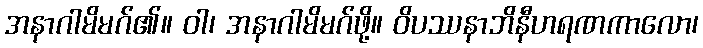
အနာဂါမိမဂ်၏။ ဝါ၊ အနာဂါမိမဂ်ဖို့။ ဝိပဿနာဘိနီဟရဏကာလော၊